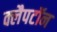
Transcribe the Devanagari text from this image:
क्लैपटॉन